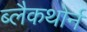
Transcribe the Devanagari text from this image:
ब्लैकथोर्न